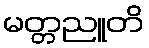
မတ္တညူတိ